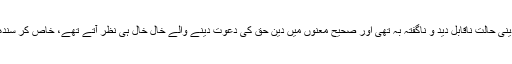
یہ حقیقت ہے کہ جس زمانہ میں آپ تبلیغ کے لیے سندھ تشریف فرما ہوئے تھے اہلیان سندھ کی دینی حالت ناقابل دید و ناگفتہ بہ تھی اور صحیح معنوں میں دین حق کی دعوت دینے والے خال خال ہی نظر آتے تھے، خاص کر سندھ کے پس ماندہ دیہات میں پہنچ کر ﷲ فی اللہ دینی دعوت دینے والے اور بھی ناپید و نایاب تھے۔